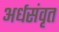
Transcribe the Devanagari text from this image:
अर्धसंवृत